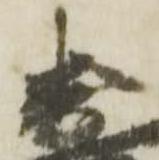
直